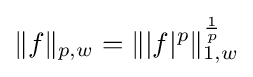
\|f\|_{p,w}=\left\||f|^{p}\right\|_{1,w}^{\frac {1}{p}}